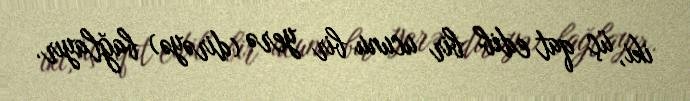
iki, üç qat edib bir ucunu bir yerə (dirəyə) bağlayır.